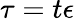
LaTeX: \tau=t\epsilon